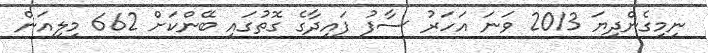
ނިމިގެންދިޔަ 2013 ވަނަ އަހަރު ސާފު ފައިދާގެ ގޮތުގައި ބޭންކަށް 662 މިލިއަން